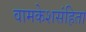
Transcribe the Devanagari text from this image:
वामकेशसंहिता